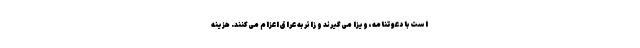
است با دعوتنامه، ویزا می‌گیرند و زائر به عراق اعزام می‌کنند. هزینه